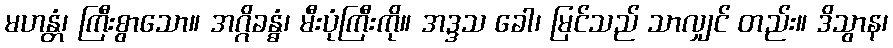
မဟန္တံ၊ ကြီးစွာသော။ အဂ္ဂိခန္ဓံ၊ မီးပုံကြီးကို။ အဒ္ဒသ ခေါ၊ မြင်သည် သာလျှင် တည်း။ ဒိသွာန၊